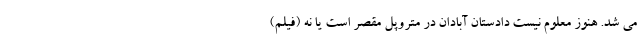
می شد. هنوز معلوم نیست دادستان آبادان در متروپل مقصر است یا نه (فیلم)